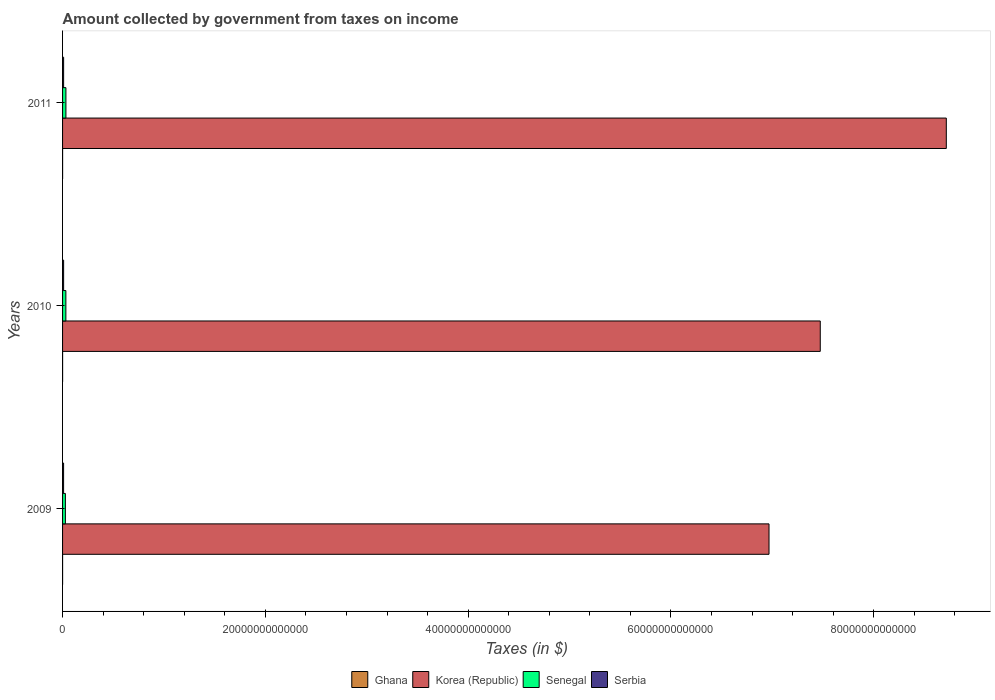
| Years | Ghana | Korea (Republic) | Senegal | Serbia |
 | --- | --- | --- | --- | --- |
 | 2009 | 1.54e+09 | 6.97e+13 | 2.78e+11 | 1.01e+11 |
 | 2010 | 2.19e+09 | 7.47e+13 | 3.26e+11 | 1.05e+11 |
 | 2011 | 3.19e+09 | 8.72e+13 | 3.31e+11 | 1.04e+11 |